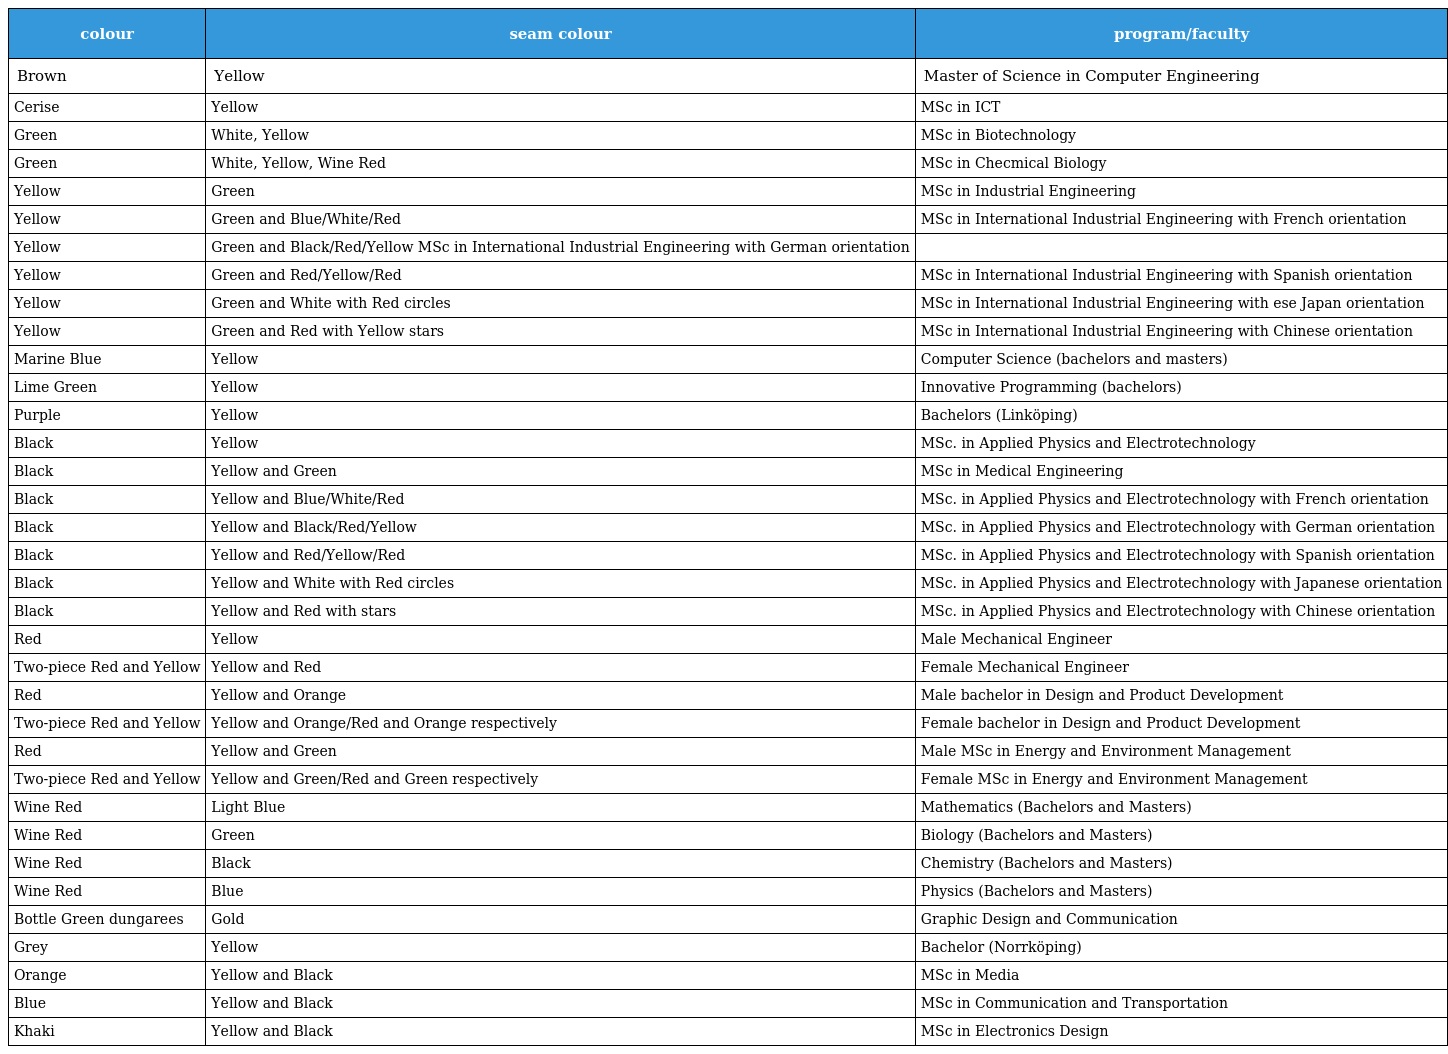
| colour | seam colour | program/faculty |
 | --- | --- | --- |
 | Brown | Yellow | Master of Science in Computer Engineering |
 | Cerise | Yellow | MSc in ICT |
 | Green | White, Yellow | MSc in Biotechnology |
 | Green | White, Yellow, Wine Red | MSc in Checmical Biology |
 | Yellow | Green | MSc in Industrial Engineering |
 | Yellow | Green and Blue/White/Red | MSc in International Industrial Engineering with French orientation |
 | Yellow | Green and Black/Red/Yellow MSc in International Industrial Engineering with German orientation |  |
 | Yellow | Green and Red/Yellow/Red | MSc in International Industrial Engineering with Spanish orientation |
 | Yellow | Green and White with Red circles | MSc in International Industrial Engineering with ese Japan orientation |
 | Yellow | Green and Red with Yellow stars | MSc in International Industrial Engineering with Chinese orientation |
 | Marine Blue | Yellow | Computer Science (bachelors and masters) |
 | Lime Green | Yellow | Innovative Programming (bachelors) |
 | Purple | Yellow | Bachelors (Linköping) |
 | Black | Yellow | MSc. in Applied Physics and Electrotechnology |
 | Black | Yellow and Green | MSc in Medical Engineering |
 | Black | Yellow and Blue/White/Red | MSc. in Applied Physics and Electrotechnology with French orientation |
 | Black | Yellow and Black/Red/Yellow | MSc. in Applied Physics and Electrotechnology with German orientation |
 | Black | Yellow and Red/Yellow/Red | MSc. in Applied Physics and Electrotechnology with Spanish orientation |
 | Black | Yellow and White with Red circles | MSc. in Applied Physics and Electrotechnology with Japanese orientation |
 | Black | Yellow and Red with stars | MSc. in Applied Physics and Electrotechnology with Chinese orientation |
 | Red | Yellow | Male Mechanical Engineer |
 | Two-piece Red and Yellow | Yellow and Red | Female Mechanical Engineer |
 | Red | Yellow and Orange | Male bachelor in Design and Product Development |
 | Two-piece Red and Yellow | Yellow and Orange/Red and Orange respectively | Female bachelor in Design and Product Development |
 | Red | Yellow and Green | Male MSc in Energy and Environment Management |
 | Two-piece Red and Yellow | Yellow and Green/Red and Green respectively | Female MSc in Energy and Environment Management |
 | Wine Red | Light Blue | Mathematics (Bachelors and Masters) |
 | Wine Red | Green | Biology (Bachelors and Masters) |
 | Wine Red | Black | Chemistry (Bachelors and Masters) |
 | Wine Red | Blue | Physics (Bachelors and Masters) |
 | Bottle Green dungarees | Gold | Graphic Design and Communication |
 | Grey | Yellow | Bachelor (Norrköping) |
 | Orange | Yellow and Black | MSc in Media |
 | Blue | Yellow and Black | MSc in Communication and Transportation |
 | Khaki | Yellow and Black | MSc in Electronics Design |